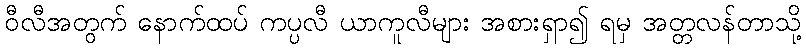
ဝီလီအတွက် နောက်ထပ် ကပ္ပလီ ယာကူလီများ အစားရှာ၍ ရမှ အတ္တလန်တာသို့